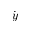
\dot { y }